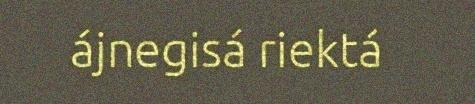
ájnegisá riektá